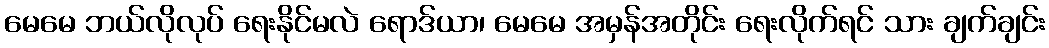
မေမေ ဘယ်လိုလုပ် ရေးနိုင်မလဲ ရောဒ်ယာ၊ မေမေ အမှန်အတိုင်း ရေးလိုက်ရင် သား ချက်ချင်း